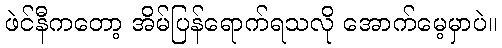
ဖဲင်နီကတော့ အိမ်ပြန်ရောက်ရသလို အောက်မေ့မှာပဲ။